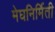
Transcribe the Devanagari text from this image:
मेघनिर्मिती